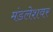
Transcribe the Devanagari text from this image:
मंडलेशवर